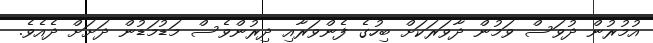
އުމުރުން ދުވަސް ވަމުން ދާވަރަކަށް ބިހުގެ ފެންވަރާއި ދިރުންވެސް މަޑުމަޑުން ދަށަށް ދެއެވެ.